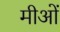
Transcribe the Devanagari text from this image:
मीओं